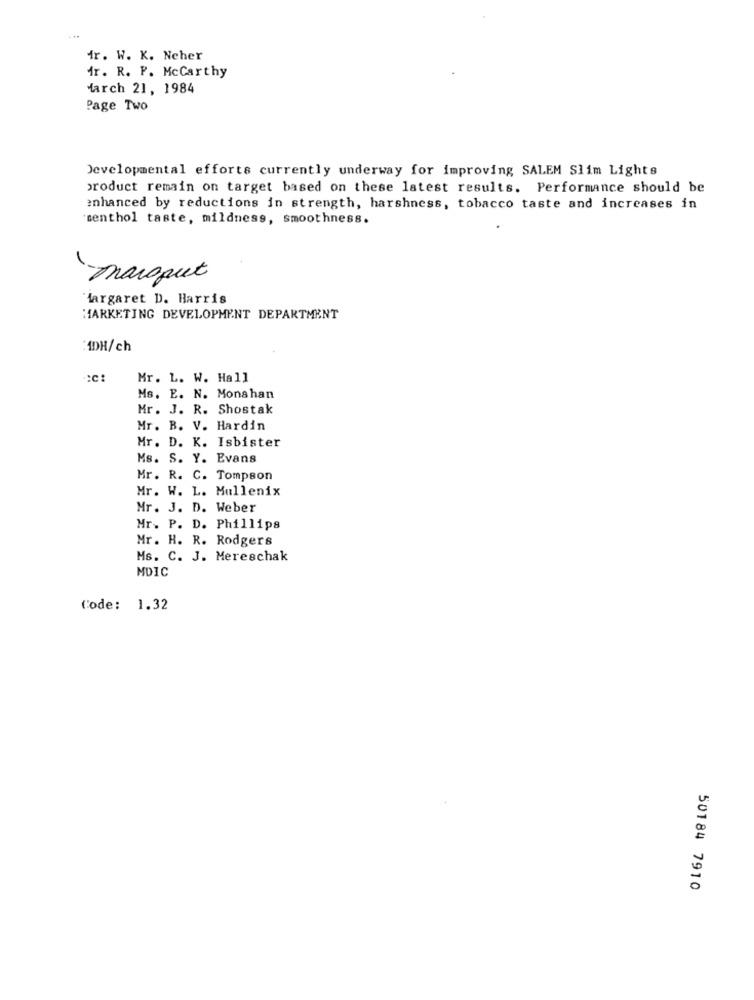
fr. W. K. Ncher
Mr. R. P. McCarthy
March 21, 1984
Page Two
Developmental efforts currently underway for improving SALEM Slim Lights
product remain on target based on these latest results. Performance should be
enhanced by reductions in strength, harshness, tobacco taste and increases in
menthol taste, mildness, smoothness.
marquet
Margaret D. Harris
MARKETING DEVELOPMENT DEPARTMENT
ADH/ch
Mr. L. W. Hall
Ms. E. N. Monahan
Mr. J. R. Shostak
Mr. B. V. Hardin
Mr. D. K. Isbister
Ms. S. Y. Evans
Mr. R. C. Tompson
Mr. W. L. Mullenix
Mr. J. D. Weber
Mr. P. D. Phillips
Mr. H. R. Rodgers
Ms. C. J. Mereschak
MDIC
Code: 1.32
50184 7910